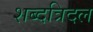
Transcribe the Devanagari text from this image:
शब्दत्रिदल